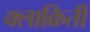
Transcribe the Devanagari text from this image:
क्लाक्रितीं